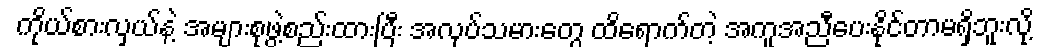
ကိုယ်စားလှယ်နဲ့ အများစုဖွဲ့စည်းထားပြီး အလုပ်သမားတွေ ထိရောက်တဲ့ အကူအညီပေးနိုင်တာမရှိဘူးလို့